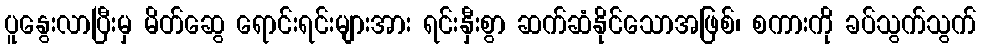
ပူနွေးလာပြီးမှ မိတ်ဆွေ ရောင်းရင်းများအား ရင်းနှီးစွာ ဆက်ဆံနိုင်သောအဖြစ်၊ စကားကို ခပ်သွက်သွက်